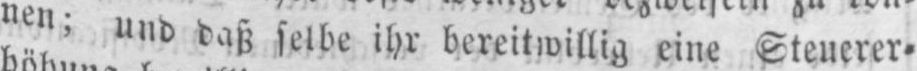
nen; und daß selbe ihr bereitwillig eine Steuerer⸗